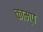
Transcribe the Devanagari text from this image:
काम्प